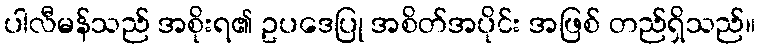
ပါလီမန်သည် အစိုးရ၏ ဥပဒေပြု အစိတ်အပိုင်း အဖြစ် တည်ရှိသည်။